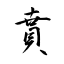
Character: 賁